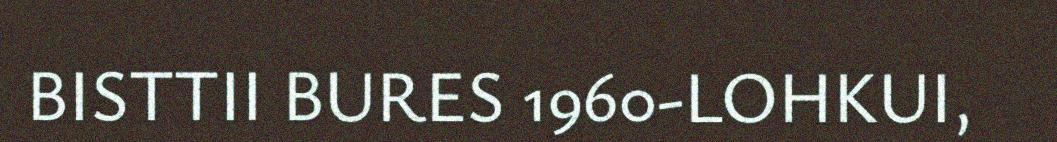
BISTTII BURES 1960-LOHKUI,